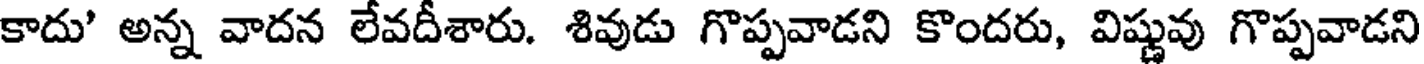
కాదు' అన్న వాదన లేవదీశారు. శివుడు గొప్పవాడని కొందరు, విష్ణువు గొప్పవాడని